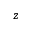
z